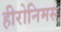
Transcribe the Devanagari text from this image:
हीरोनिमस